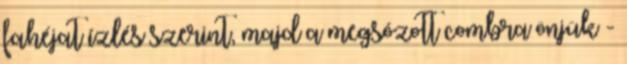
fahéjat ízlés szerint, majd a megsózott combra önjük -